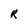
Character: R